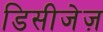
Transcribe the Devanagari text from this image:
डिसीजेज़